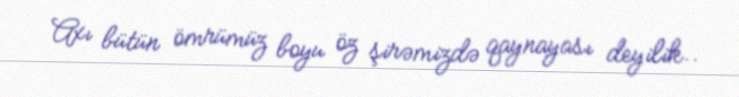
Axı bütün ömrümüz boyu öz şirəmizdə qaynayası deyilik..